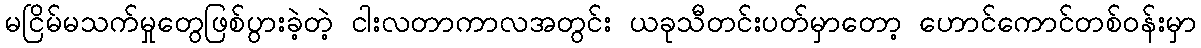
မငြိမ်မသက်မှုတွေဖြစ်ပွားခဲ့တဲ့ ငါးလတာကာလအတွင်း ယခုသီတင်းပတ်မှာတော့ ဟောင်ကောင်တစ်ဝန်းမှာ